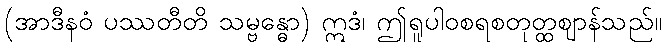
(အာဒီနဝံ ပဿတီတိ သမ္ဗန္ဓော) ဣဒံ၊ ဤရူပါဝစရစတုတ္ထဈာန်သည်။